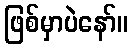
ဖြစ်မှာပဲနော်။